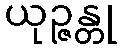
ယုဉ္ဇန္တု